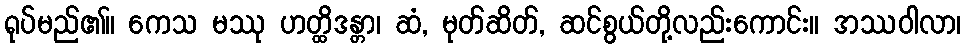
ရုပ်မည်၏။ ကေသ မဿု ဟတ္ထိဒန္တာ၊ ဆံ, မုတ်ဆိတ်, ဆင်စွယ်တို့လည်းကောင်း။ အဿဝါလာ၊